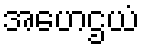
အဟေဌယံ